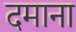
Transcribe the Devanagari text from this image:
दमाना